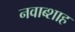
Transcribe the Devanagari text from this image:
नवाब्शाह